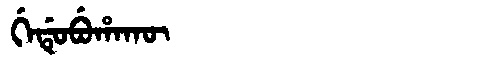
Manchu: ᡤᡝᡩᡠᠪᡠᡥᠠᡴᡡ
Romanization: GEDUBUHAKŪ